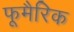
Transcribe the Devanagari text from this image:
फूमैरिक